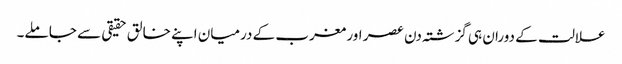
علالت کے دوران ہی گزشتہ دن عصر اور مغرب کے درمیان اپنے خالق حقیقی سے جا ملے۔